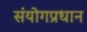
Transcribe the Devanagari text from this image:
संयोगप्रधान